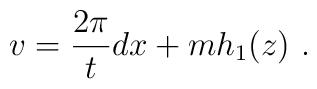
v=\frac{2\pi}{t} dx +mh_1(z) \ .